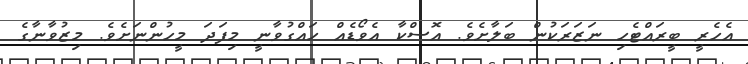
އެހެރީ ބީރައްޓެހި ނަޒަރަކުން ބަލާށެވެ. އޮސްކާ އެވޯޑެއް ހައްގުވާނީ މިފަދަ މީހުންނަށެވެ. މިޒުވާނާގެ